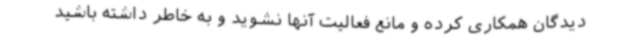
دیدگان همکاری کرده و مانع فعالیت آنها نشوید و به خاطر داشته باشید